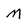
Character: M